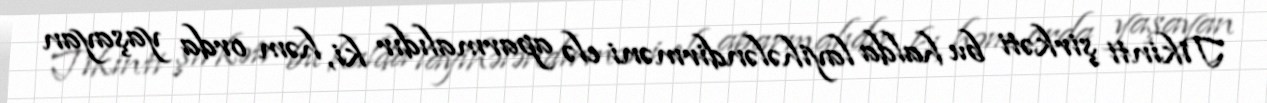
Tikinti şirkəti bu halda layihələndirməni elə aparmalıdır ki, həm orda yaşayan